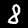
Digit: 8